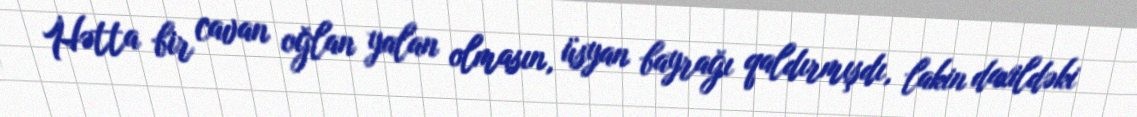
Hətta bir cavan oğlan yalan olmasın, üsyan bayrağı qaldırmışdı, lakin daxildəki